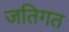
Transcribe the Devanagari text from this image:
जतिगत